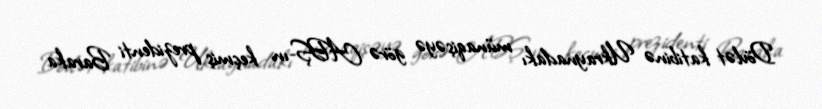
Dövlət katibinə Ukraynadakı münaqişəyə görə ABŞ-ın keçmiş prezidenti Baraka